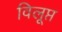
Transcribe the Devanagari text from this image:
विलूप्त